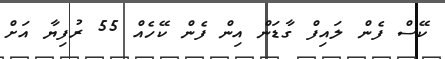
ކޭސް ފެން ލައިފް ގާޑަން އިން ފެން ކޭހެއް 55 ރުފިޔާ އަށް